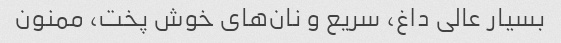
بسیار عالی داغ، سریع و نان‌های خوش پخت، ممنون